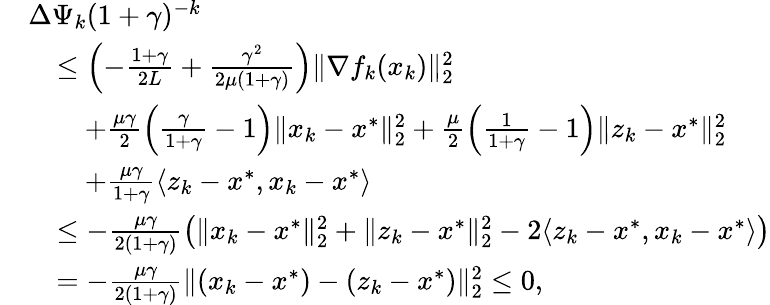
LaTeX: \begin{array}{rl}&{\Delta\Psi_{k}(1+\gamma)^{-k}}\\ &{\quad\le\left(-\frac{1+\gamma}{2L}+\frac{\gamma^{2}}{2\mu(1+\gamma)}\right)\| \nabla f_{k}(x_{k})\| _{2}^{2}}\\ &{\qquad+\frac{\mu\gamma}{2}\left(\frac{\gamma}{1+\gamma}-1\right)\| x_{k}-x^{*}\| _{2}^{2}+\frac{\mu}{2}\left(\frac{1}{1+\gamma}-1\right)\| z_{k}-x^{*}\| _{2}^{2}}\\ &{\qquad+\frac{\mu\gamma}{1+\gamma}\langle z_{k}-x^{*},x_{k}-x^{*}\rangle}\\ &{\quad\le-\frac{\mu\gamma}{2(1+\gamma)}\big(\| x_{k}-x^{*}\| _{2}^{2}+\| z_{k}-x^{*}\| _{2}^{2}-2\langle z_{k}-x^{*},x_{k}-x^{*}\rangle\big)}\\ &{\quad=-\frac{\mu\gamma}{2(1+\gamma)}\| (x_{k}-x^{*})-(z_{k}-x^{*})\| _{2}^{2}\le 0,}\end{array}